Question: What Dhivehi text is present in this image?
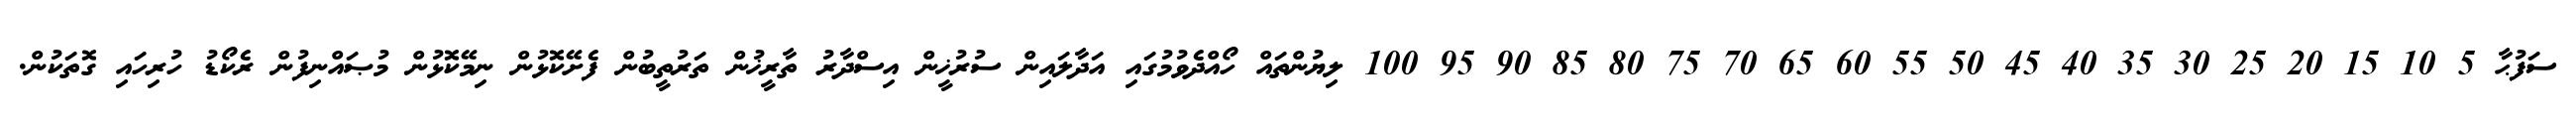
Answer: ސަފުޙާ 5 10 15 20 25 30 35 40 45 50 55 60 65 70 75 80 85 90 95 100 ލިޔުންތައް ހޯއްދެވުމުގައި އަދާލައިން ސުރުޚީން އިސްދާރު ތާރީޚުން ތަރުތީބުން ފެށޭކޮޅުން ނިމޭކޮޅުން މުޞައްނިފުން ރެކޯޑު ހުރިހައި ގޮތަކުން.